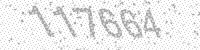
Solution: 117664